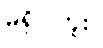
မရှိပါဘူး။